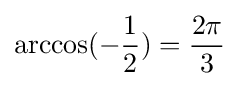
\arccos(-{\frac {1}{2}})={\frac {2\pi }{3}}